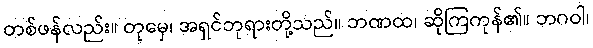
တစ်ဖန်လည်း။ တုမှေ၊ အရှင်ဘုရားတို့သည်။ ဘဏထ၊ ဆိုကြကုန်၏။ ဘဂဝါ၊